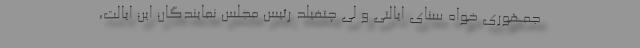
جمهوری خواه سنای ایالتی و لی چتفیلد رئیس مجلس نمایندگان این ایالت،